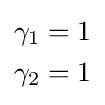
{\begin{aligned}\gamma _{1}&=1\\\gamma _{2}&=1\end{aligned}}